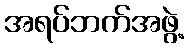
အရပ်ဘက်အဖွဲ့